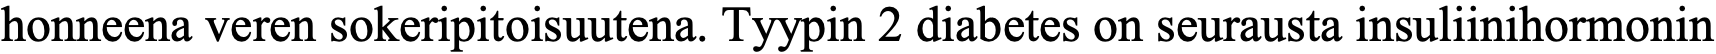
honneena veren sokeripitoisuutena. Tyypin 2 diabetes on seurausta insuliinihormonin